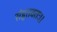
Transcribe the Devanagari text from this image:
संहृतवतः।।